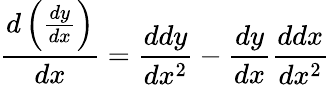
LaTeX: {\frac{d\left({\frac{dy}{dx}}\right)}{dx}}={\frac{ddy}{dx^{2}}}-{\frac{dy}{dx}}{\frac{ddx}{dx^{2}}}